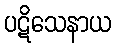
ပဋိသေနာယ